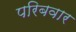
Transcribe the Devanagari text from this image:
परिबवार